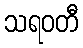
သရဝတီ